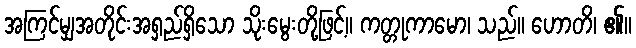
အကြင်မျှအတိုင်းအရှည်ရှိသော သိုးမွေးတို့ဖြင့်။ ကတ္တုကာမော၊ သည်။ ဟောတိ၊ ၏။